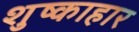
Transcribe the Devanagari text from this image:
शुष्काहार